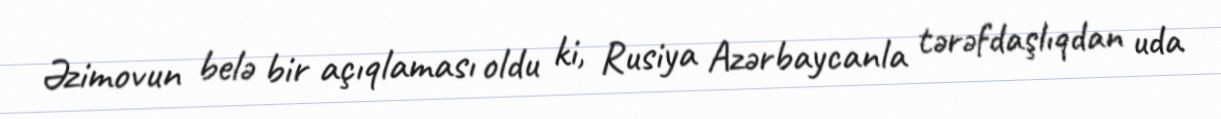
Əzimovun belə bir açıqlaması oldu ki, Rusiya Azərbaycanla tərəfdaşlıqdan uda